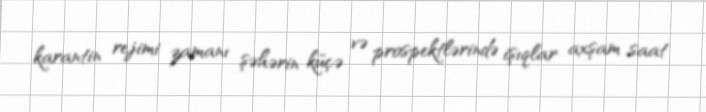
karantin rejimi zamanı şəhərin küçə və prospektlərində işıqlar axşam saat